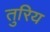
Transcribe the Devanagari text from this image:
तुरिय